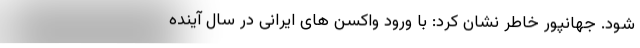
شود. جهانپور خاطر نشان کرد: با ورود واکسن های ایرانی در سال آینده